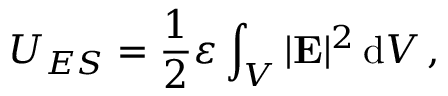
U _ { E S } = { \frac { 1 } { 2 } } \varepsilon \int _ { V } | \mathbf { E } | ^ { 2 } \, \mathrm { d } V \, ,